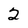
Character: 2